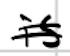
Text: is
Cross-out: double-line
Writing tool: digital_black